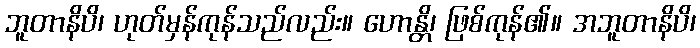
ဘူတာနိပိ၊ ဟုတ်မှန်ကုန်သည်လည်း။ ဟောန္တိ၊ ဖြစ်ကုန်၏။ အဘူတာနိပိ၊